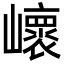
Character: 𡾝